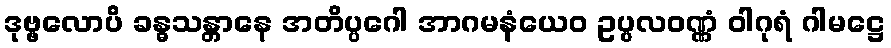
ဒုဗ္ဗလောပိ ခန္ဓသန္တာနေ အတိပ္ပဂေါ အာဂမနံယေဝ ဥပ္ပလဝဏ္ဏံ ဝါဂုရံ ဂါမဋ္ဌေ